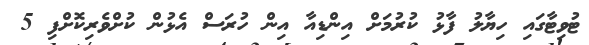
ޓުވިޓާގައި ހިޔާލު ފާޅު ކުރުމަށް އިންޑިއާ އިން ހުރަސް އެޅުން ކުށްވެރިކޮށްފި 5